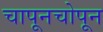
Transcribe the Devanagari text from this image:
चापूनचोपून